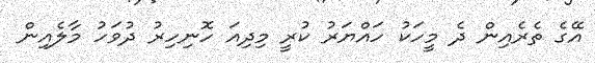
އޭގެ ތެރެއިން ދެ މީހަކު ހައްޔަރު ކުރީ މިދިއަ ހޮނިހިރު ދުވަހު މާލެއިން